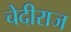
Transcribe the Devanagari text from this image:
चेदीराज